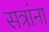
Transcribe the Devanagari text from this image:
सत्रांना